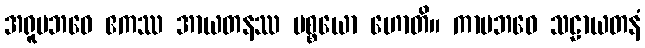
အရူပဘဝေ ဧကဿ အာယတနဿ ပစ္စယော ဟောတိ။ ကာမဘဝေ သဠာယတနံ